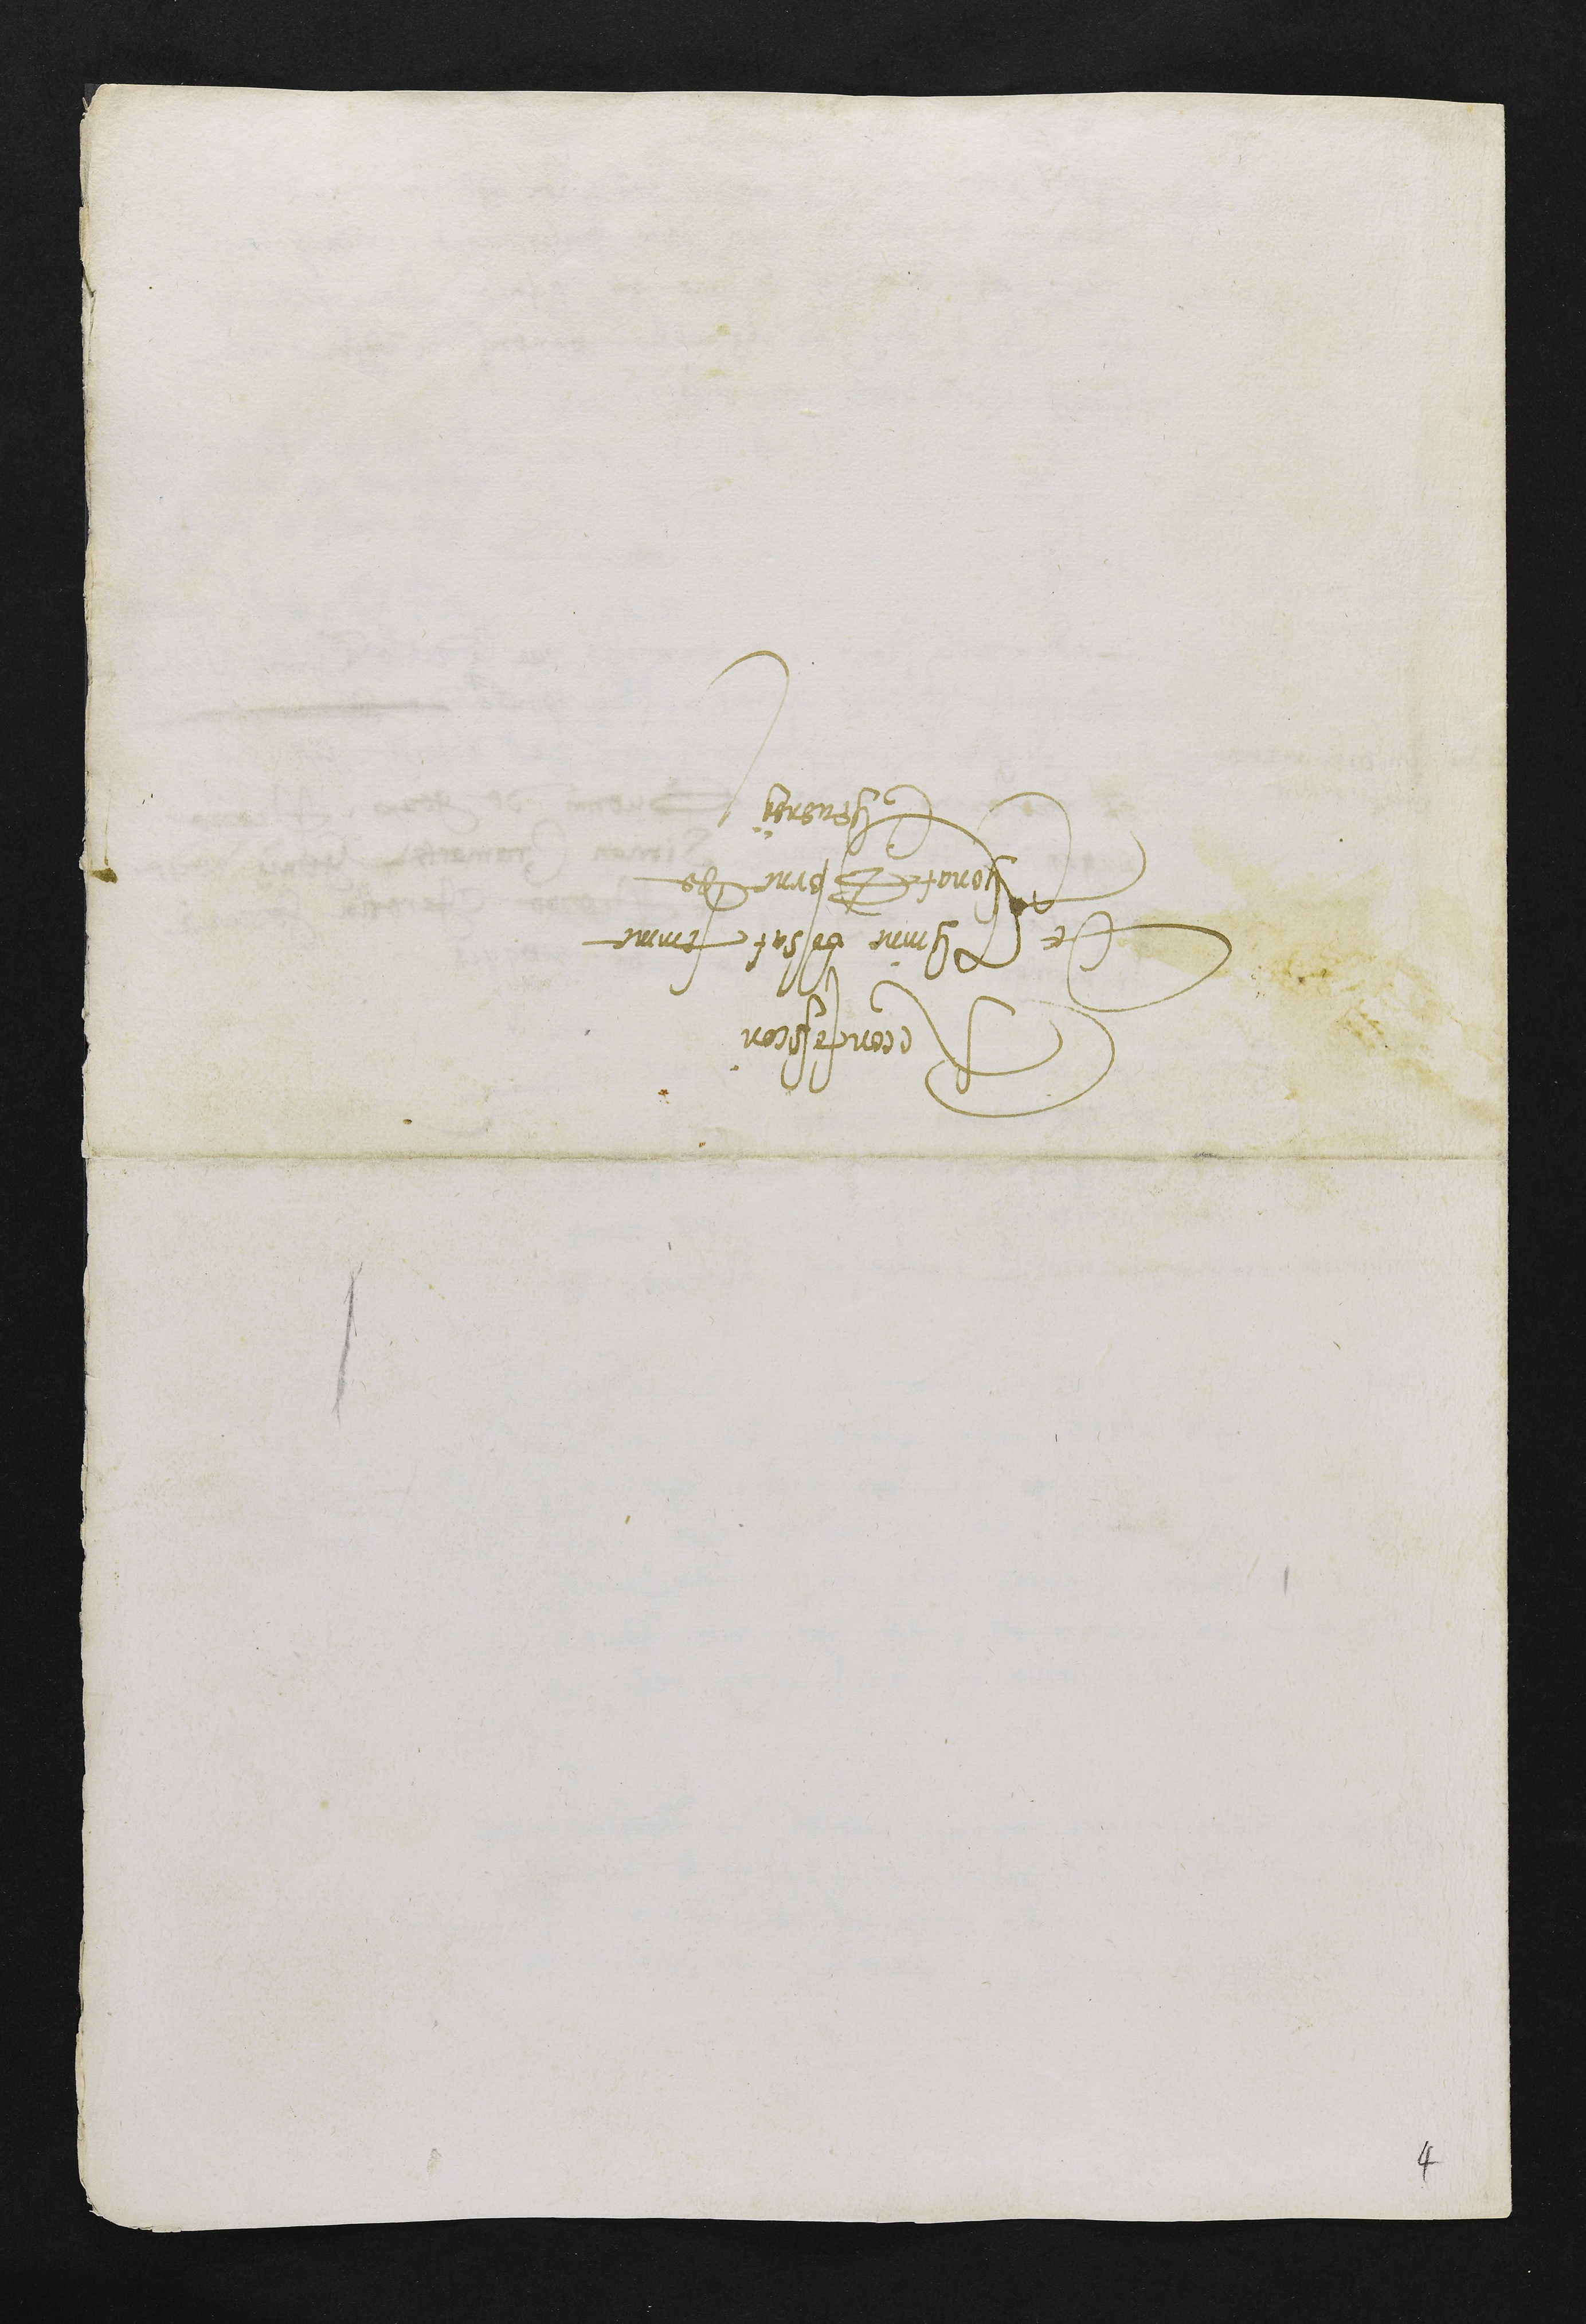
Reconfession
de Thmine Bossat femme
Thonat Borne de
Chevenoy

4